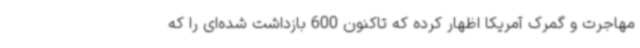
مهاجرت و گمرک آمریکا اظهار کرده که تاکنون 600 بازداشت شده‌ای را که